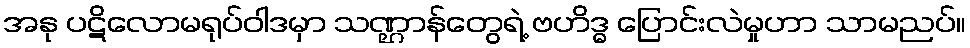
အနု ပဋိလောမရုပ်ဝါဒမှာ သဏ္ဌာန်တွေရဲ့ ဗဟိဒ္ဓ ပြောင်းလဲမှုဟာ သာမညပ်။